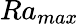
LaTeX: Ra_{max}